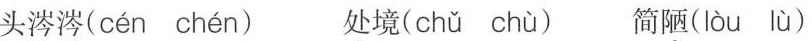
头涔涔( cén chén ) 处境( chǔ chù ) 简陋( lòu lù )